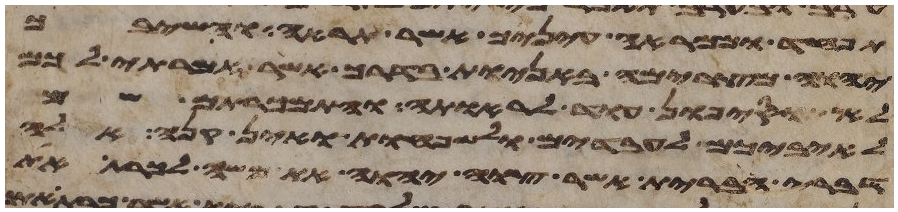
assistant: תפחד וממראה עיניך אשר תראה והשיבך
יהוה מצרימה באניות בדרך אשר אמרתי לכם
לא תוסיפון עוד לראותה והתמכרתם שם
לאיביכם לעבדים ולשפחות ואין קנה אלה
דברי הברית אשר צוה יהוה את משה לכרת